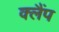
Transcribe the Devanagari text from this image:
क्‍लैंप